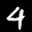
Label: 4